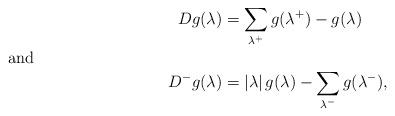
LaTeX: \begin{align*} Dg(\lambda)&=\sum_{\lambda^{+}}g(\lambda^{+})-g(\lambda)\\\noalign{{\noindent and}}D^-g(\lambda)&=| \lambda |\, g(\lambda)- \sum_{\lambda^-}g(\lambda^-),\end{align*}